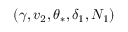
( \gamma , v _ { 2 } , \theta _ { * } , \delta _ { 1 } , N _ { 1 } )